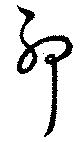
耶